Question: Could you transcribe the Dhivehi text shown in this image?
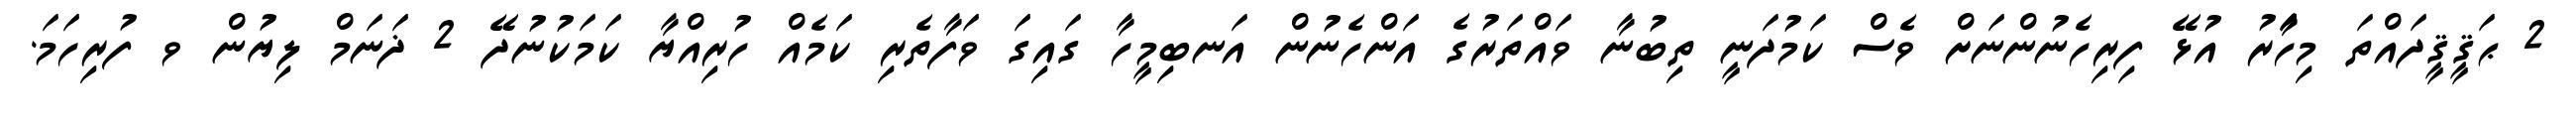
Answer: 2 ޙަޤީޤީދައްތަ މިހަަާރު އުޅޭ ފިރިހެނުންނަށް ވެސް ކަމުދަނީ ތިބުނާ ވައްތަރުގެ އަންހެނުން އަނބިމީހާ ގައިގަ ވަފާތެރި ކަމެއް ހުރިއްޔާ ކަމަކުނުދޭ 2 ޛަނަމް ލިޔުން ވ ފުރިހަމަ.